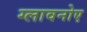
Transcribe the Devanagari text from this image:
ग्लावनोए